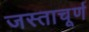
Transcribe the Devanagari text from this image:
जस्ताचूर्ण